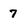
Character: 7